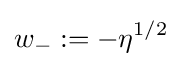
w_{-}:=-\eta ^{1/2}